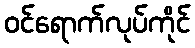
ဝင်ရောက်လုပ်ကိုင်